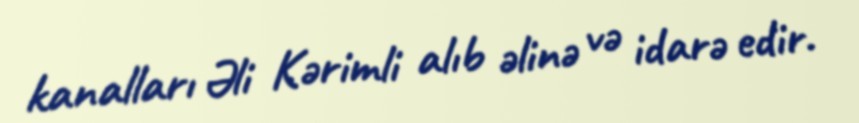
kanalları Əli Kərimli alıb əlinə və idarə edir.